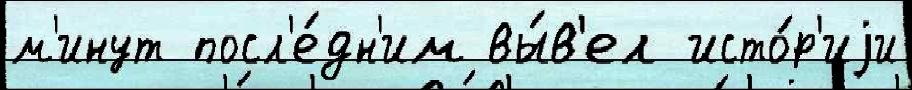
м'инут посл'е́дн'им вы́в'ел исто́р'иjи